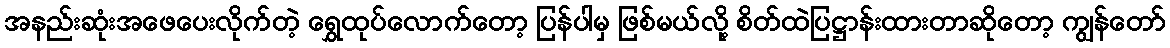
အနည်းဆုံးအဖေပေးလိုက်တဲ့ ရွှေထုပ်လောက်တော့ ပြန်ပါမှ ဖြစ်မယ်လို့ စိတ်ထဲပြဋ္ဌာန်းထားတာဆိုတော့ ကျွန်တော်